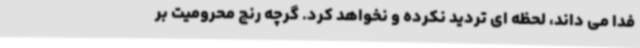
فدا می داند، لحظه ای تردید نکرده و نخواهد کرد. گرچه رنج محرومیت بر